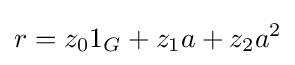
r=z_{0}1_{G}+z_{1}a+z_{2}a^{2}